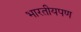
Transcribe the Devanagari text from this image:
भारतीयपण